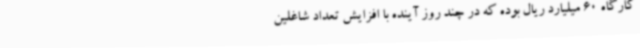
کارگاه 60 میلیارد ریال بوده که در چند روز آینده با افزایش تعداد شاغلین